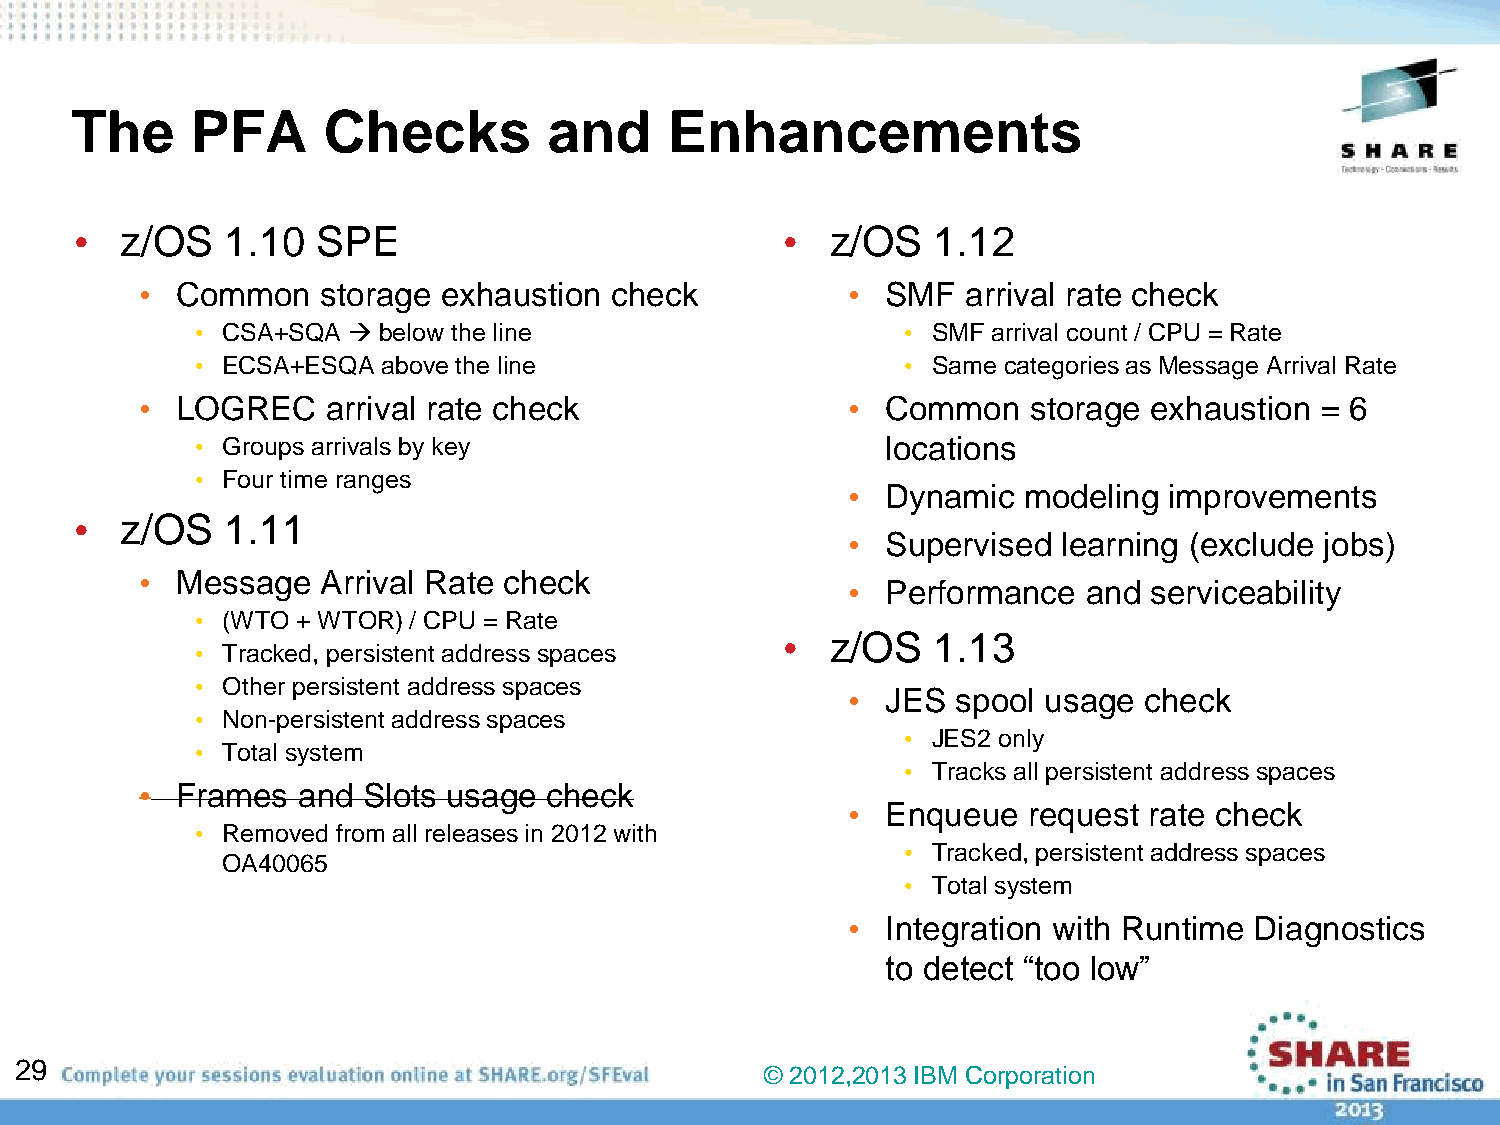
The     PFA     Checks         and     Enhancements
 •  z/OS   1.10  SPE                            •  z/OS   1.12
 •  Common   storage exhaustion check           •  SMF  arrival rate check
 • CSA+SQA  below the line                     • SMF arrival count / CPU = Rate
 • ECSA+ESQA above the line                     • Same categories as Message Arrival Rate
 •  LOGREC    arrival rate check                •  Common   storage exhaustion = 6
 • Groups arrivals by key                      locations
 • Four time ranges
 •  Dynamic  modeling improvements
 •  z/OS   1.11
 •  Supervised learning (exclude jobs)
 •  Message  Arrival Rate check
 •  Performance  and serviceability
 • (WTO + WTOR) / CPU = Rate
 •  z/OS   1.13
 • Tracked, persistent address spaces
 • Other persistent address spaces
 •  JES spool usage  check
 • Non-persistent address spaces
 • JES2 only
 • Total system
 • Tracks all persistent address spaces
 •  Frames  and Slots usage check
 •  Enqueue  request rate check
 • Removed from all releases in 2012 with
 • Tracked, persistent address spaces
 OA40065
 • Total system
 •  Integration with Runtime Diagnostics
 to detect “too low”
 29
 © 2012,2013 IBM Corporation